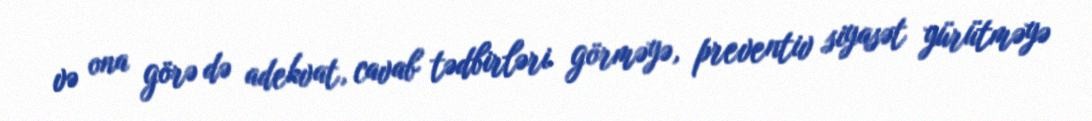
və ona görə də adekvat, cavab tədbirləri görməyə, preventiv siyasət yürütməyə